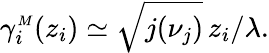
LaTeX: \gamma_{i}^{{\scriptscriptstyle M}}(z_{i})\simeq\sqrt{j(\nu_{j})}\, z_{i}/\lambda.